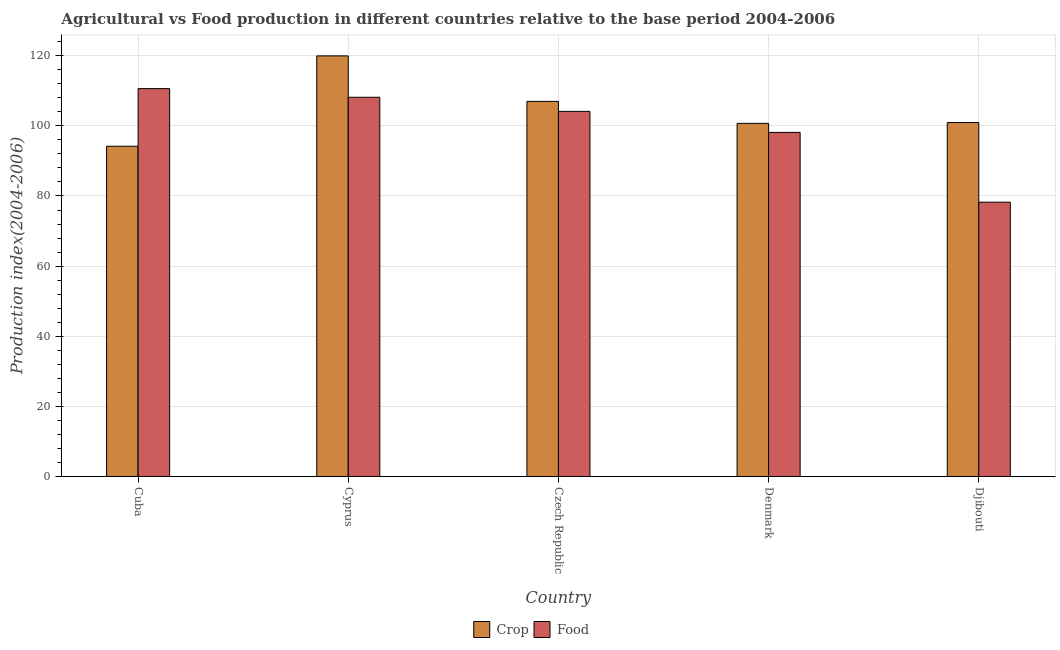
| Country | Crop | Food |
 | --- | --- | --- |
 | Cuba | 94.2 | 111 |
 | Cyprus | 120 | 108 |
 | Czech Republic | 107 | 104 |
 | Denmark | 101 | 98.1 |
 | Djibouti | 101 | 78.2 |